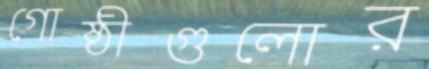
গোষ্ঠীগুলোর